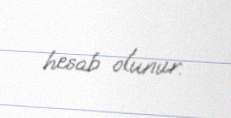
hesab olunur.